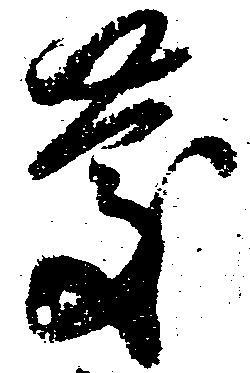
慶